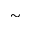
\sim